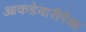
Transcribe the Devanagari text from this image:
आकडेवारीपेक्षा